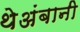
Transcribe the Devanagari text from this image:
थेअंबानी